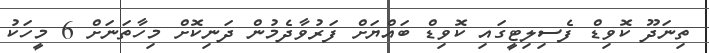
ތިނަދޫ ކޮވިޑް ފެސިލިޓީގައި ކޮވިޑް ބައްޔަށް ފަރުވާދެމުން ދަނިކޮށް މިހާތަނަށް 6 މީހަކު